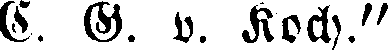
C. G. v. Koch."